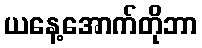
ယနေ့အောက်တိုဘာ